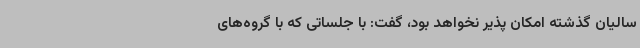
سالیان گذشته امکان پذیر نخواهد بود، گفت: با جلساتی که با گروه‌های